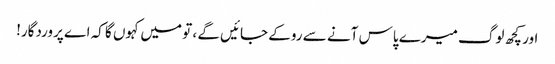
اور کچھ لوگ میرے پاس آنے سے روکے جائیں گے ، تو میں کہوں گا کہ اے پروردگار!